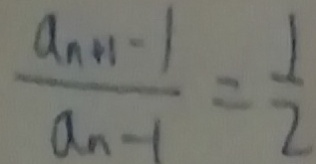
\frac { a _ { n + 1 } - 1 } { a _ { n - 1 } } = \frac { 1 } { 2 }